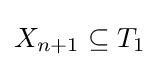
{\textstyle X_{n+1}\subseteq T_{1}}